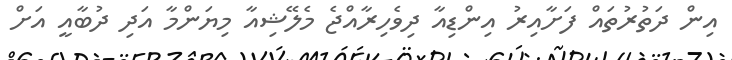
އިން ދަތުރުތައް ފަށާއިރު އިންޑިއާ ދިވެހިރާއްޖެ މެލޭޝިއާ މިޔަންމާ އަދި ދުބާއީ އަށް